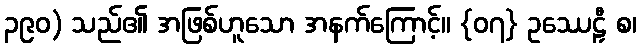
၃၉၀) သည်၏ အဖြစ်ဟူသော အနက်ကြောင့်။ {၀၇} ဥဿေဠှီ စ၊